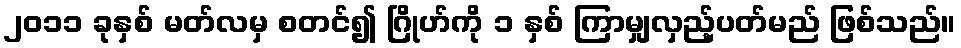
၂၀၁၁ ခုနှစ် မတ်လမှ စတင်၍ ဂြိုဟ်ကို ၁ နှစ် ကြာမျှလှည့်ပတ်မည် ဖြစ်သည်။